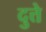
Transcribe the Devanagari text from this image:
दुत्ते